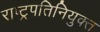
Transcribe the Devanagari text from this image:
राष्ट्रपतिनियुक्त